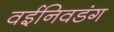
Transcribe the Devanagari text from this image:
वईनिवडंग